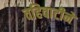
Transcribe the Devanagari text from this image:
वहिवाटीनें